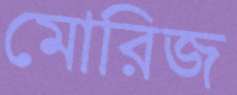
মোরিজ